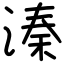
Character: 溱